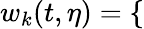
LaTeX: w_{k}(t,\eta)=\left\{ \begin{array}{rl}\end{array}\right.